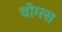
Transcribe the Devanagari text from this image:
वोग्त्स